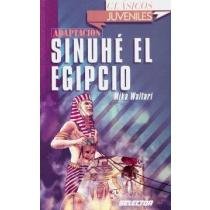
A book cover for Sinuhe, el egipcio (Clasicos Juveniles/ Juvenile Classics) (Spanish Edition); Mika Waltari; Teen & Young Adult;